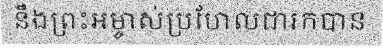
នឹងព្រះអម្ចាស់ប្រហែលជារកបាន